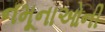
નમૂનાઓની